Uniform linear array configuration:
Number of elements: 8
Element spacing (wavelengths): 1
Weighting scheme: exponential
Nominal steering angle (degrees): -15
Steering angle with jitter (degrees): -15.587
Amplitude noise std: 0.05
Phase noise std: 0.05

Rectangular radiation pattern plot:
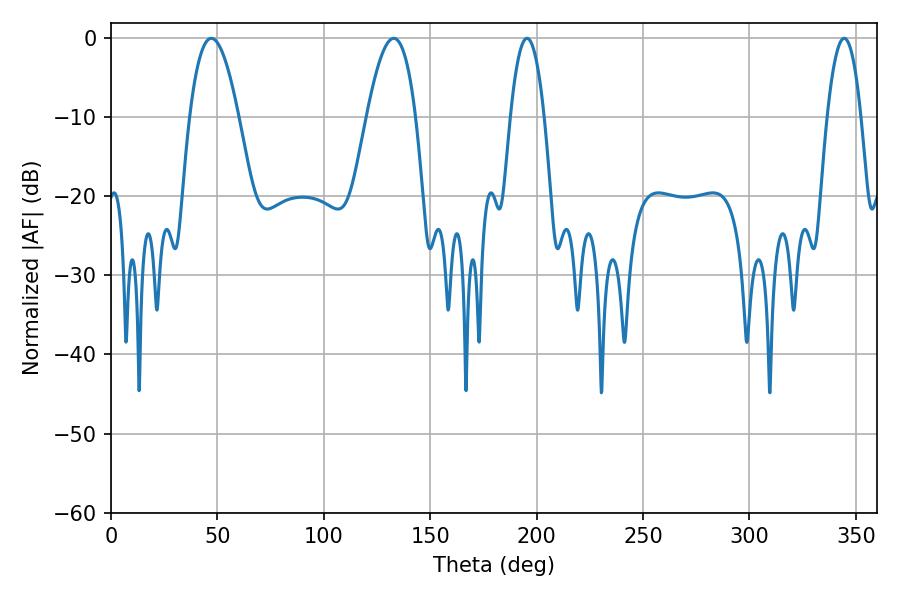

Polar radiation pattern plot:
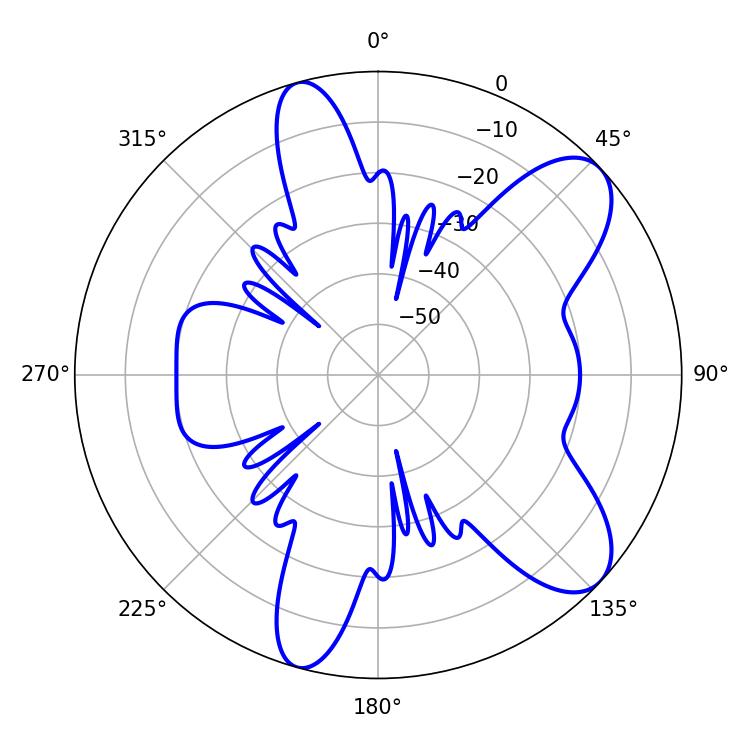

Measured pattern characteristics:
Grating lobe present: TRUE
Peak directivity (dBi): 8.83
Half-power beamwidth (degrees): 8.82
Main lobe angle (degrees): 195.48